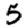
Digit: 5